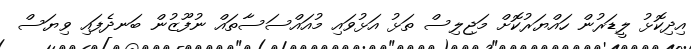
އިދިކޮޅު ލީޑަރުން ހައްޔަރުކޮށް މަޖިލިސް ތަޅު އަޅުވައި މުއައްސަސާތައް ނުފޫޒުން ބަނދެފައި ވިޔަސް